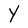
Character: Y